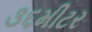
૩૬મીટર